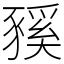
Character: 豯